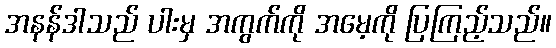
အနန်ဒါသည် ပါးမှ အကွက်ကို အမေ့ကို ပြကြည့်သည်။